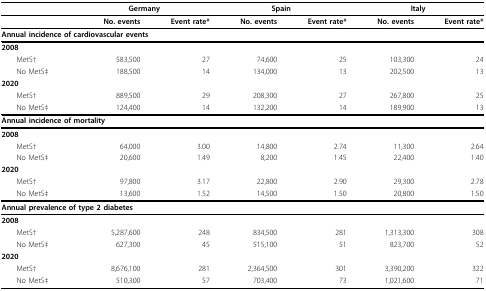
<table><thead><tr><td></td><td colspan="2"><b>Germany</b></td><td colspan="2"><b>Spain</b></td><td colspan="2"><b>Italy</b></td></tr></thead><tbody><tr><td></td><td><b>No. events</b></td><td><b>Event rate*</b></td><td><b>No. events</b></td><td><b>Event rate*</b></td><td><b>No. events</b></td><td><b>Event rate*</b></td></tr><tr><td colspan="7"><b>Annual incidence of cardiovascular events</b></td></tr><tr><td><b>2008</b></td><td></td><td></td><td></td><td></td><td></td><td></td></tr><tr><td> MetS†</td><td>583,500</td><td>27</td><td>74,600</td><td>25</td><td>103,300</td><td>24</td></tr><tr><td> No MetS‡</td><td>188,500</td><td>14</td><td>134,000</td><td>13</td><td>202,500</td><td>13</td></tr><tr><td><b>2020</b></td><td></td><td></td><td></td><td></td><td></td><td></td></tr><tr><td> MetS†</td><td>889,500</td><td>29</td><td>208,300</td><td>27</td><td>267,800</td><td>25</td></tr><tr><td> No MetS‡</td><td>124,400</td><td>14</td><td>132,200</td><td>14</td><td>189,900</td><td>13</td></tr><tr><td colspan="7"><b>Annual incidence of mortality</b></td></tr><tr><td><b>2008</b></td><td></td><td></td><td></td><td></td><td></td><td></td></tr><tr><td> MetS†</td><td>64,000</td><td>3.00</td><td>14,800</td><td>2.74</td><td>11,300</td><td>2.64</td></tr><tr><td> No MetS‡</td><td>20,600</td><td>1.49</td><td>8,200</td><td>1.45</td><td>22,400</td><td>1.40</td></tr><tr><td><b>2020</b></td><td></td><td></td><td></td><td></td><td></td><td></td></tr><tr><td> MetS†</td><td>97,800</td><td>3.17</td><td>22,800</td><td>2.90</td><td>29,300</td><td>2.78</td></tr><tr><td> No MetS‡</td><td>13,600</td><td>1.52</td><td>14,500</td><td>1.50</td><td>20,800</td><td>1.50</td></tr><tr><td colspan="7"><b>Annual prevalence of type 2 diabetes</b></td></tr><tr><td><b>2008</b></td><td></td><td></td><td></td><td></td><td></td><td></td></tr><tr><td> MetS†</td><td>5,287,600</td><td>248</td><td>834,500</td><td>281</td><td>1,313,300</td><td>308</td></tr><tr><td> No MetS‡</td><td>627,300</td><td>45</td><td>515,100</td><td>51</td><td>823,700</td><td>52</td></tr><tr><td><b>2020</b></td><td></td><td></td><td></td><td></td><td></td><td></td></tr><tr><td> MetS†</td><td>8,676,100</td><td>281</td><td>2,364,500</td><td>301</td><td>3,390,200</td><td>322</td></tr><tr><td> No MetS‡</td><td>510,300</td><td>57</td><td>703,400</td><td>73</td><td>1,021,600</td><td>71</td></tr></tbody></table>